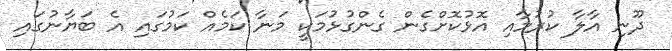
ދޫނި އާލާ ކުރުމާއި އޮޅުކޮށްގެން ގެންގުޅުމަކީ މަނާ ކަމެއް ކަމުގައި އެ ބަޔާނުގައި